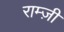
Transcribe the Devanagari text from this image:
राम्ज़ी